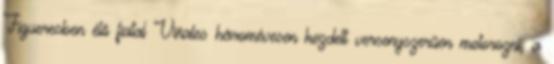
Figueresben élő fiatal Viñales háromévesen kezdett versenyszerűen motorozni, a